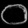
Digit: ၀